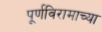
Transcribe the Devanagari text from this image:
पूर्णविरामाच्या